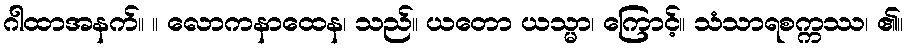
ဂါထာအနက်။ ။ လောကနာထေန၊ သည်။ ယတော ယသ္မာ၊ ကြောင့်။ သံသာရစက္ကဿ၊ ၏။